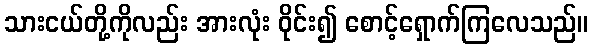
သားငယ်တို့ကိုလည်း အားလုံး ဝိုင်း၍ စောင့်ရှောက်ကြလေသည်။